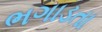
ભગાડતા